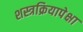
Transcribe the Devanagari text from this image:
शस्त्रक्रियापेक्षा